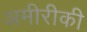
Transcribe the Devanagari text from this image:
अमीरीकी